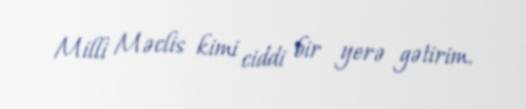
Milli Məclis kimi ciddi bir yerə gətirim.